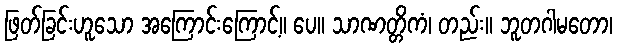
ဖြတ်ခြင်းဟူသော အကြောင်းကြောင့်။ ပေ။ သာဏတ္တိကံ၊ တည်း။ ဘူတဂါမတော၊